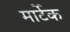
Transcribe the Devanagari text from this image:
मार्टेक